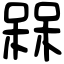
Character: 槑